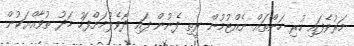
މަރުވެފައި ހުރި ހަންތައް ނެއްޓުމުން ރީތި ފެނުން ފައި ދޮވެލުމަށްފަހު މަދު ތުވާއްޔަކުން